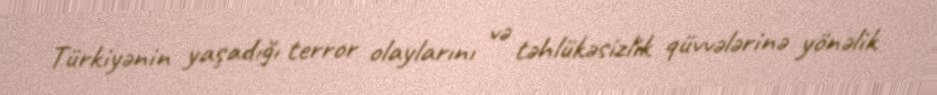
Türkiyənin yaşadığı terror olaylarını və təhlükəsizlik qüvvələrinə yönəlik